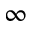
\infty